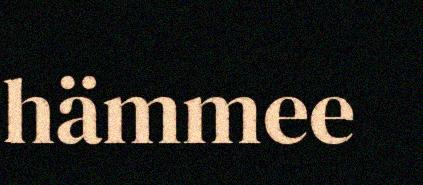
hämmee